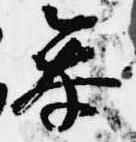
参